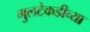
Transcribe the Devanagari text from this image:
गुलटेकडीच्या